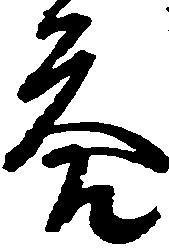
答